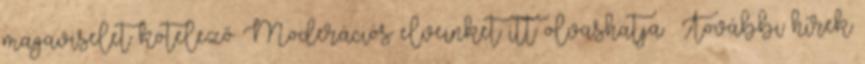
magaviselet kötelező Moderációs elveinket itt olvashatja . További hírek